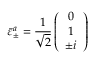
\bar { \varepsilon } _ { \pm } ^ { a } = \frac { 1 } { \sqrt 2 } \left( \begin{array} { c } { { 0 } } \\ { { 1 } } \\ { { \pm i } } \end{array} \right)